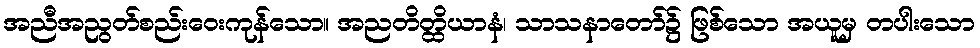
အညီအညွတ်စည်းဝေးကုန်သော။ အညတိတ္ထိယာနံ၊ သာသနာတော်၌ ဖြစ်သော အယူမှ တပါးသော